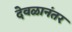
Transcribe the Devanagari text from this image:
देवळानंतर